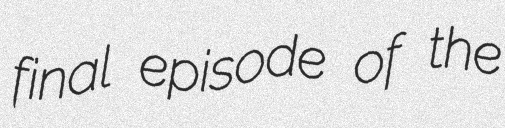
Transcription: final episode of the